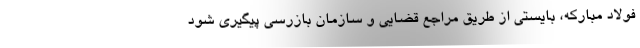
فولاد مبارکه، بایستی از طریق مراجع قضایی و سازمان بازرسی پیگیری شود